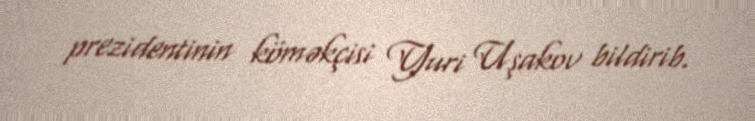
prezidentinin köməkçisi Yuri Uşakov bildirib.